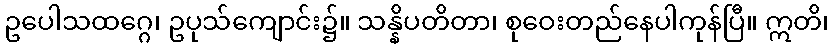
ဥပေါသထဂ္ဂေ၊ ဥပုသ်ကျောင်း၌။ သန္နိပတိတာ၊ စုဝေးတည်နေပါကုန်ပြီ။ ဣတိ၊